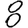
Digit: 8